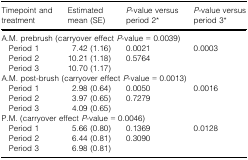
<table><thead><tr><td><b>Timepoint and treatment</b></td><td><b>Estimated mean (SE)</b></td><td><b><i>P</i>-value versus period 2*</b></td><td><b><i>P</i>-value versus period 3*</b></td></tr></thead><tbody><tr><td colspan="4">A.M. prebrush (carryover effect <i>P</i>-value = 0.0039)</td></tr><tr><td> Period 1</td><td>7.42 (1.16)</td><td>0.0021</td><td rowspan="3">0.0003</td></tr><tr><td> Period 2</td><td>10.21 (1.18)</td><td>0.5764</td></tr><tr><td> Period 3</td><td>10.70 (1.17)</td><td></td></tr><tr><td colspan="4">A.M. post-brush (carryover effect <i>P</i>-value = 0.0013)</td></tr><tr><td> Period 1</td><td>2.98 (0.64)</td><td>0.0050</td><td rowspan="3">0.0016</td></tr><tr><td> Period 2</td><td>3.97 (0.65)</td><td>0.7279</td></tr><tr><td> Period 3</td><td>4.09 (0.65)</td><td></td></tr><tr><td colspan="4">P.M. (carryover effect <i>P</i>-value = 0.0046)</td></tr><tr><td> Period 1</td><td>5.66 (0.80)</td><td>0.1369</td><td rowspan="3">0.0128</td></tr><tr><td> Period 2</td><td>6.44 (0.81)</td><td>0.3090</td></tr><tr><td> Period 3</td><td>6.98 (0.81)</td><td></td></tr></tbody></table>